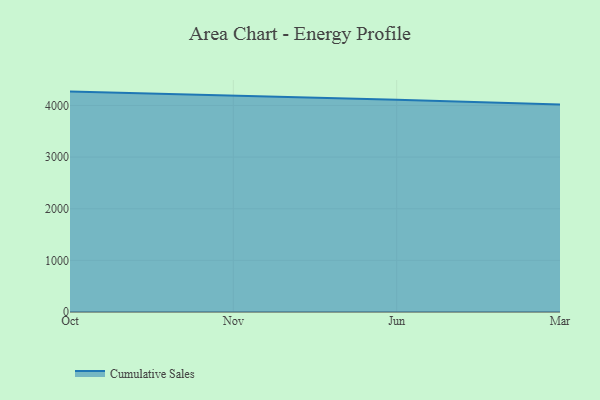
{"axis": {"x": "Month", "y": "Satisfaction Score"}, "legend": ["Cumulative Sales"], "data": [{"x": "Oct", "y": 4269.0, "type": "Cumulative Sales"}, {"x": "Nov", "y": 4196.8, "type": "Cumulative Sales"}, {"x": "Jun", "y": 4111.5, "type": "Cumulative Sales"}, {"x": "Mar", "y": 4019.9, "type": "Cumulative Sales"}]}